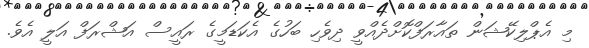
މި އެޕްލިކޭޝަން ތައާރަފްކޮށްދެއްވީ ދިވެހި ބަހުގެ އެކަޑަމީގެ ރައީސް އަޝްރަފް އަލީ އެވެ.